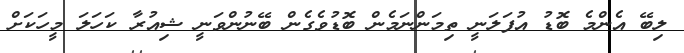
ލިބޭ އެންމެ ބޮޑު އުފަލަނީ ތިމަންނަމެން ބޮޑުވެގެން ބޭނުންވަނީ ޝިއުރާ ކަހަލަ މީހަކަށް